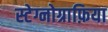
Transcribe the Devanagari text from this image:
स्टेग्नोग्राफ़िया